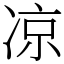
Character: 凉